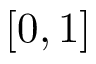
[ 0 , 1 ]